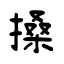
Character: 搡